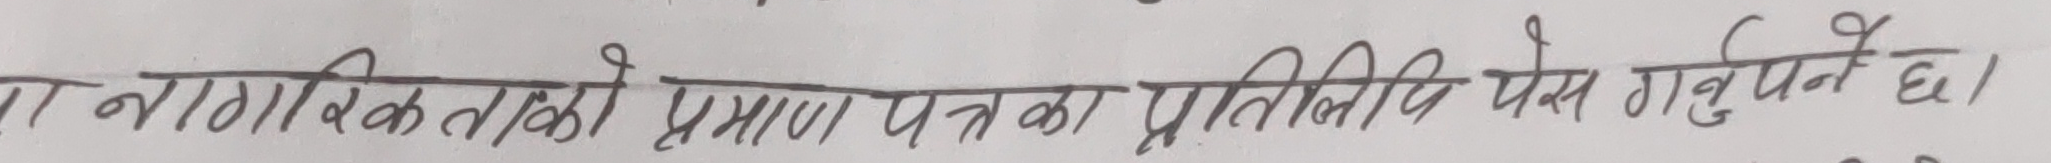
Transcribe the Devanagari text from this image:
ए नागरिकताको प्रमाण पत्रको प्रतिलिपि पेस गर्नुपर्ने छ।